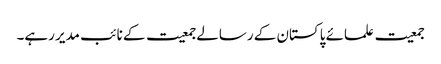
جمعیت علمائے پاکستان کے رسالے جمعیت کے نائب مدیر رہے۔